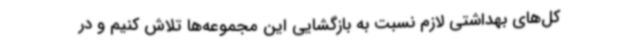
کل‌های بهداشتی لازم نسبت به بازگشایی این مجموعه‌ها تلاش کنیم و در